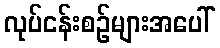
လုပ်ငန်းစဉ်များအပေါ်